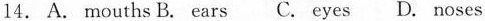
14. A. mouths B. ears C. eyes D. noses